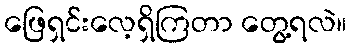
ဖြေရှင်းလေ့ရှိကြတာ တွေ့ရလဲ။